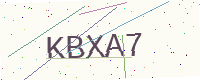
Text: KBXA7